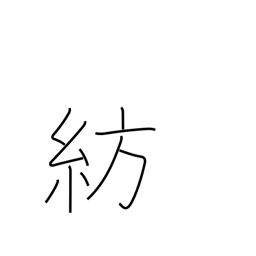
Meaning: spinning